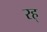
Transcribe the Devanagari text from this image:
रह्